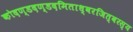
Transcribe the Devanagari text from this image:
कोदण्डदण्डदमिताध्वरजित्वरस्य